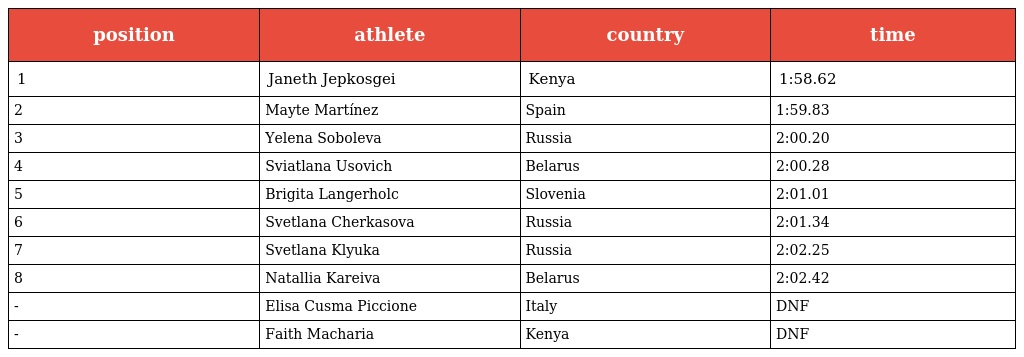
| position | athlete | country | time |
 | --- | --- | --- | --- |
 | 1 | Janeth Jepkosgei | Kenya | 1:58.62 |
 | 2 | Mayte Martínez | Spain | 1:59.83 |
 | 3 | Yelena Soboleva | Russia | 2:00.20 |
 | 4 | Sviatlana Usovich | Belarus | 2:00.28 |
 | 5 | Brigita Langerholc | Slovenia | 2:01.01 |
 | 6 | Svetlana Cherkasova | Russia | 2:01.34 |
 | 7 | Svetlana Klyuka | Russia | 2:02.25 |
 | 8 | Natallia Kareiva | Belarus | 2:02.42 |
 | - | Elisa Cusma Piccione | Italy | DNF |
 | - | Faith Macharia | Kenya | DNF |